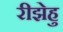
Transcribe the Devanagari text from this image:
रीझेहु